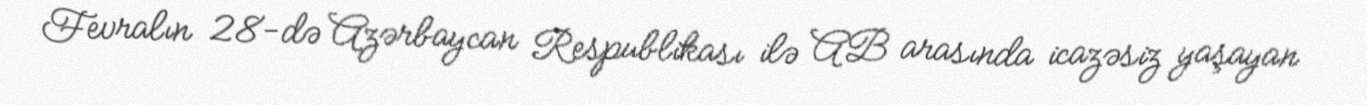
Fevralın 28-də Azərbaycan Respublikası ilə AB arasında icazəsiz yaşayan